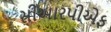
સીઆરપીએફ